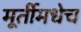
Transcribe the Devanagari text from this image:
मूर्तीमधेच